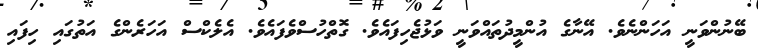
ބޭނުންވަނީ އަހަންނެވެ. އޭނާގެ އުންމީދުތައްވަނީ ވަޅުޖެހިފައެވެ. ގޮތްހުސްވެފައެވެ. އެލެކްސް އަހަރެންގެ އަތުގައި ހިފައި